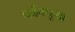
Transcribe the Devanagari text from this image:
पर्वतपूजा